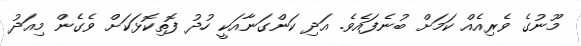
މޫނުގެ ވެރިއެއް ކަމަށް ބުނެފައެވެ. އަދި ކަންގަނާއަކީ ހުދު ފޮތިކޮޅަކަށް ވެގެން މިއަދު